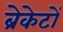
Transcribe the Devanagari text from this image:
ब्रेकेटों